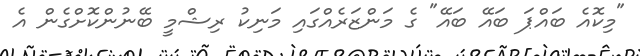
"މިކޮއެ ބައްޕަ ބައޭ ބައޭ" ގެ މަންޒަރެއްގައި މަނިކު ރިޝްމީ ބޭނުންކޮށްގެން އެ